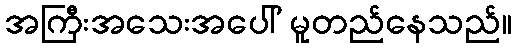
အကြီးအသေးအပေါ် မူတည်နေသည်။